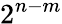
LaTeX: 2^{n-m}